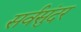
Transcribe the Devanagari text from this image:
सर्वसुंदर